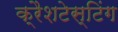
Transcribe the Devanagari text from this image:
क्रैशटेस्टिंग